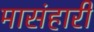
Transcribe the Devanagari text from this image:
मासंहारी